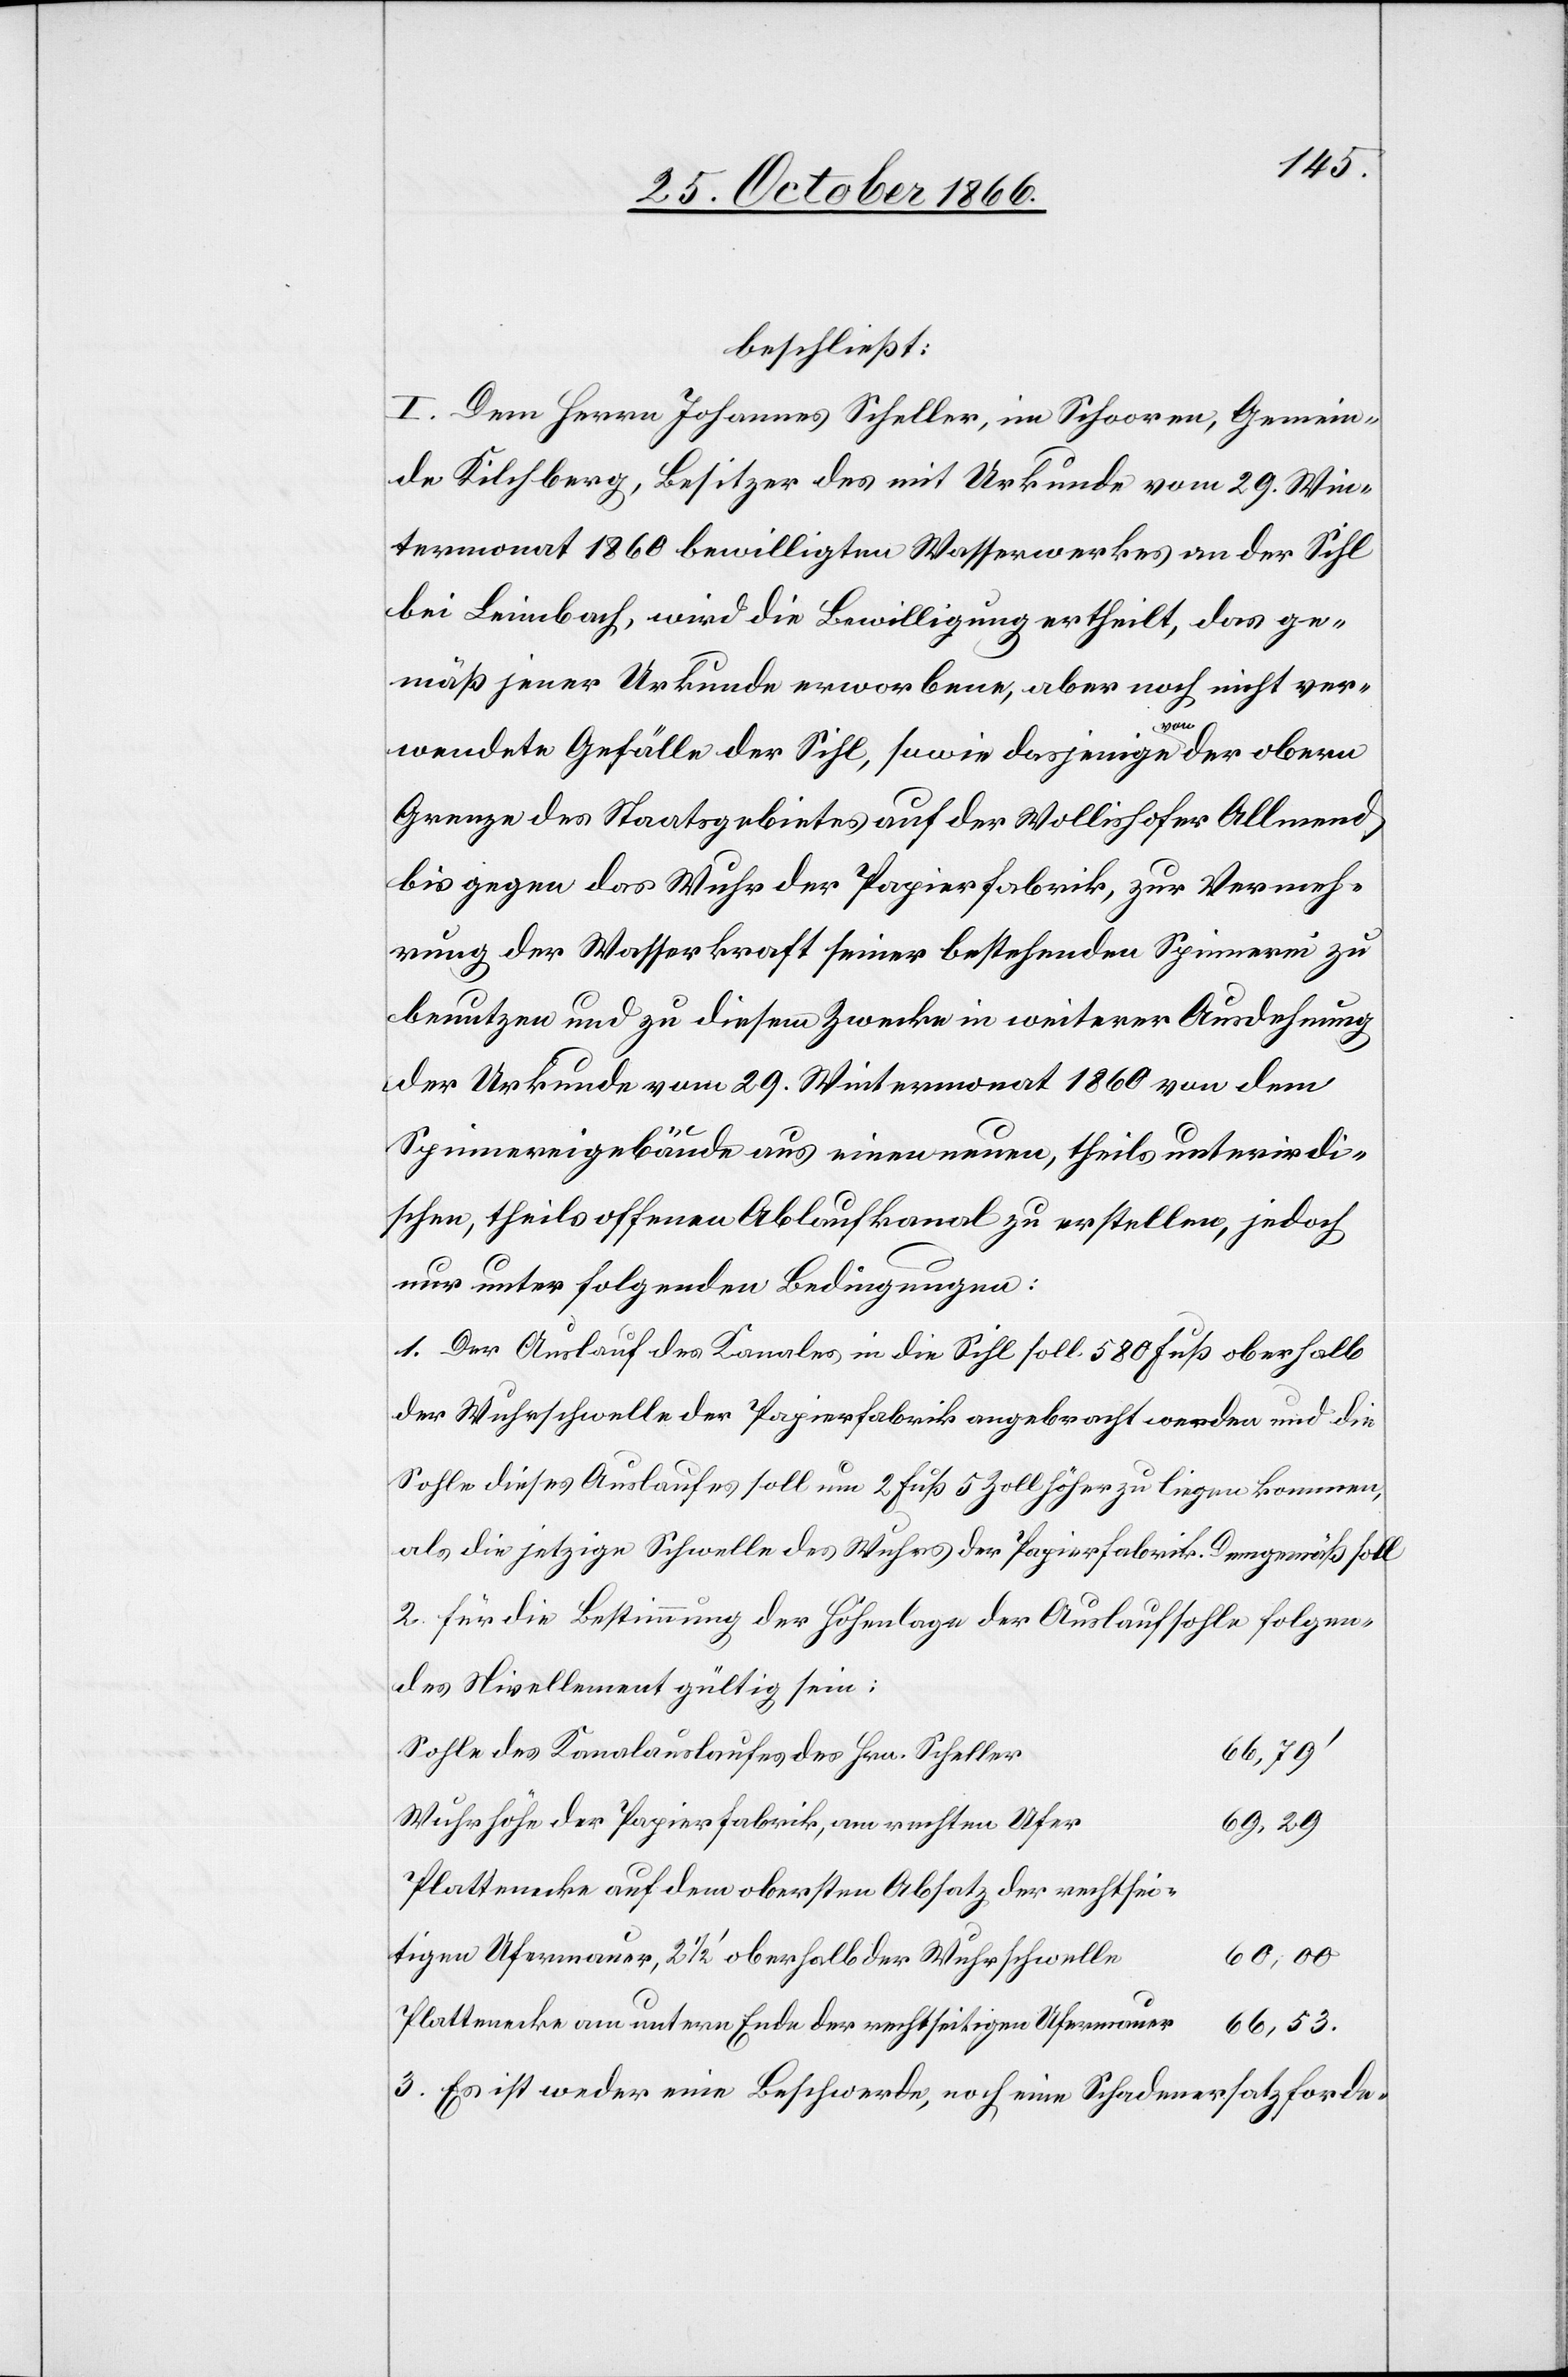
beschließt:
I. Dem Herrn Johannes Scheller, im Schooren, Gemein¬
de Kilchberg, Besitzer des mit Urkunde vom 29. Win¬
termonat 1860 bewilligten Wasserwerkes an der Sihl
bei Leimbach, wird die Bewilligung ertheilt, das ge¬
mäß jener Urkunde erworbene, aber noch nicht ver¬
wendete Gefälle der Sihl, sowie dasjenige von der obern
Grenze des Staatsgebietes auf der Wollishofer Allmend
bis gegen das Wuhr der Papierfabrik, zur Vermeh¬
rung der Wasserkraft seiner bestehenden Spinnerei zu
benutzen und zu diesem Zwecke in weiterer Ausdehnung
der Urkunde vom 29. Wintermonat 1860 von dem
Spinnereigebäude aus einen neuen, theils unterirdi¬
schen, theils offenen Ablaufkanal zu erstellen, jedoch
nur unter folgenden Bedingungen:
1. Der Auslauf des Kanales in die Sihl soll 580 Fuß oberhalb
der Wuhrschwelle der Papierfabrik angebracht werden und die
Sohle dieses Auslaufes soll um 2 Fuß 5 Zoll höher zu liegen kommen,
als die jetzige Schwelle des Wuhres der Papierfabrik. Demgemäß soll
2. für die Bestimmung der Höhenlage der Auslaufsohle folgen¬
des Nivellement gültig sein:
66,79‘
Sohle des Kanalauslaufes des Hrn. Scheller
Wuhrhöhe der Papierfabrik, am rechten Ufer
69,29
Plattenecke auf dem obersten Absatz der rechtsei¬
tigen Ufermauer, 2 ½‘ oberhalb der Wuhrschwelle
60,00
Plattenecke am untern Ende der rechtseitigen Ufermauer
66,53.
3. Es ist weder eine Beschwerde, noch eine Schadenersatzforde-